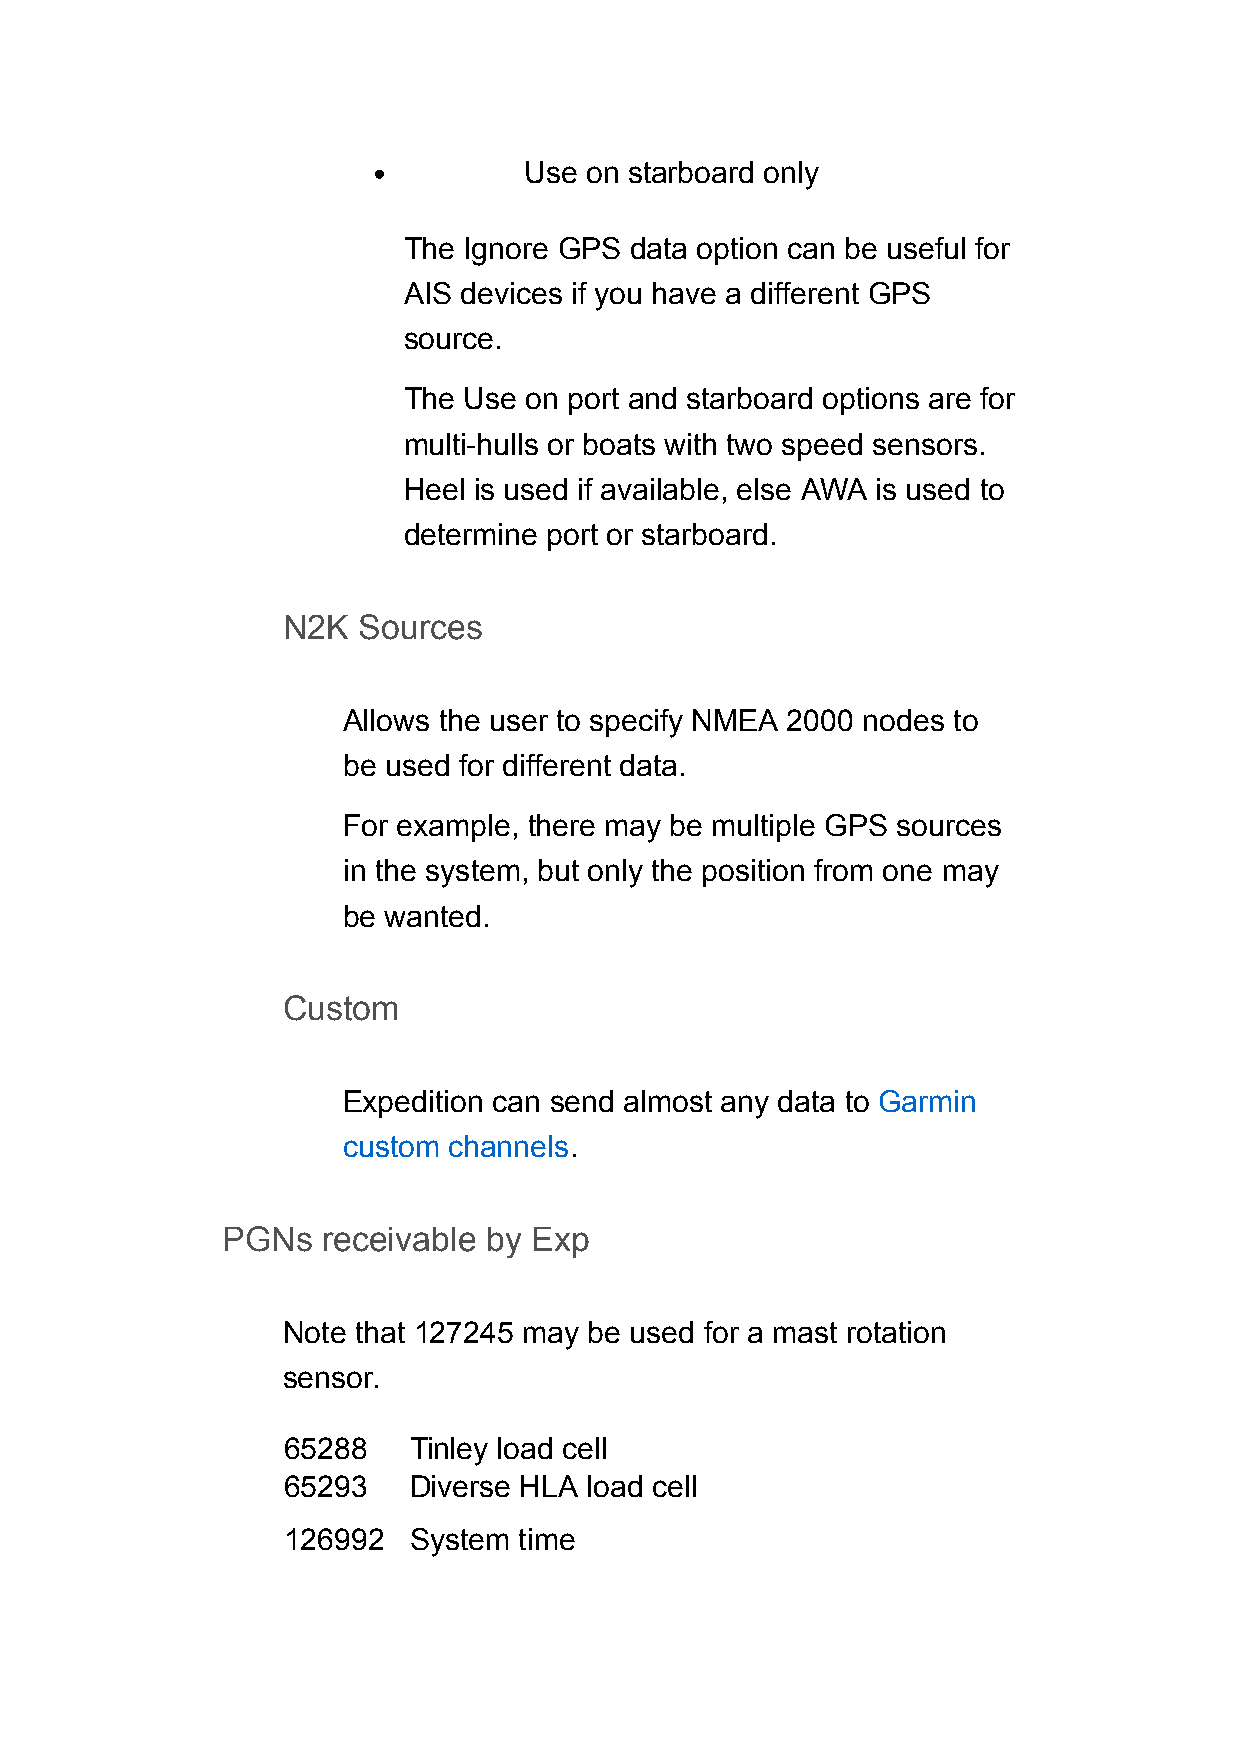
Use on starboard only
 The Ignore GPS data option can be useful for
 AIS devices if you have a different GPS
 source.
 The Use on port and starboard options are for
 multi-hulls or boats with two speed sensors.
 Heel is used if available, else AWA is used to
 determine port or starboard.
 N2K  Sources
 Allows the user to specify NMEA 2000 nodes to
 be used for different data.
 For example, there may be multiple GPS sources
 in the system, but only the position from one may
 be wanted.
 Custom
 Expedition can send almost any data to Garmin
 custom channels.
 PGNs  receivable by Exp
 Note that 127245 may be used for a mast rotation
 sensor.
 65288   Tinley load cell
 65293   Diverse HLA load cell
 126992  System time